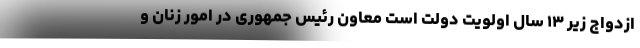
ازدواج زیر ۱۳ سال اولویت دولت است معاون رئیس جمهوری در امور زنان و